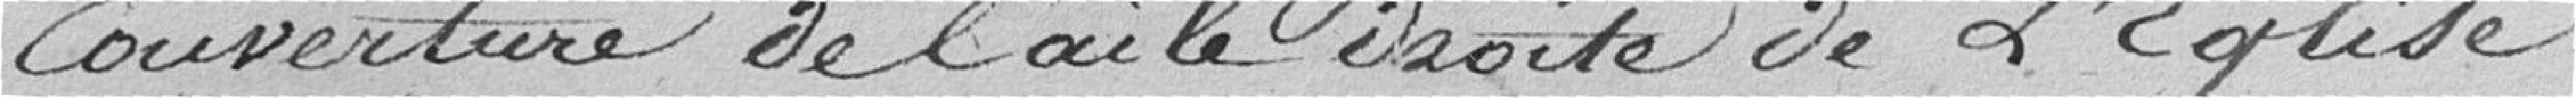
couverture de l'aile droite de l'Eglise